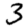
Digit: 3